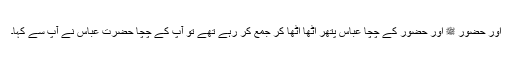
اور حضور ﷺ اور حضورؐ کے چچا عباس پتھر اٹھا اٹھا کر جمع کر رہے تھے تو آپؐ کے چچا حضرت عباس نے آپؐ سے کہا۔